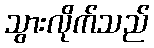
သွားလိုက်သည်